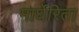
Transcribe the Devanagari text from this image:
मार्घेरिता